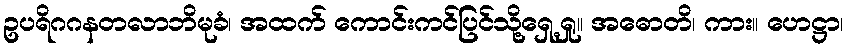
ဥပရိဂဂနတလာဘိမုခံ၊ အထက် ကောင်းကင်ပြင်သို့ရှေ့ရှု။ အဓောတိ၊ ကား။ ဟေဋ္ဌာ၊